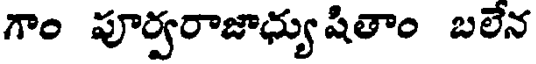
గాం పూర్వరాజాధ్యు షితాం బలేన